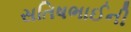
સતિષભાઈની